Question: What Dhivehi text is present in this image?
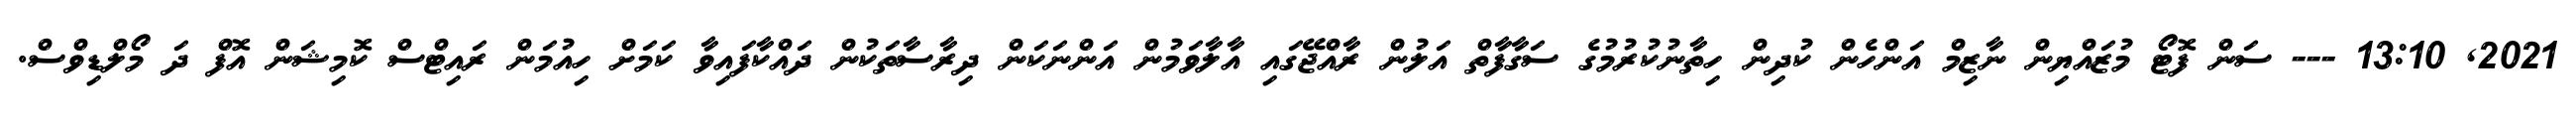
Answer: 2021, 13:10 --- ސަން ފޮޓޯ މުޒައްޔިން ނާޒިމް އަންހެން ކުދިން ހިތާނުކުރުމުގެ ސަގާފާތް އަލުން ރާއްޖޭގައި އާލާވަމުން އަންނަކަން ދިރާސާތަކުން ދައްކާފައިވާ ކަމަށް ހިއުމަން ރައިޓްސް ކޮމިޝަން އޮފް ދަ މޯލްޑިވްސް.